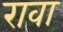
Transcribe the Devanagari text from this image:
रावा